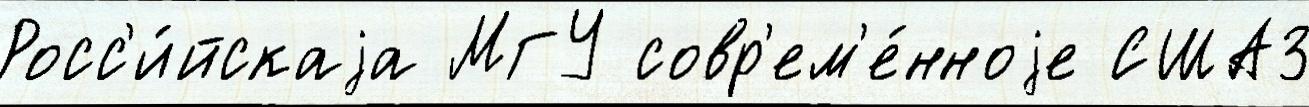
Росс'и́йскаjа МГУ совр'ем'е́нноjе США3